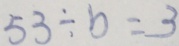
5 3 \div b = 3